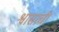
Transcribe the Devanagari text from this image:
श्वासांची